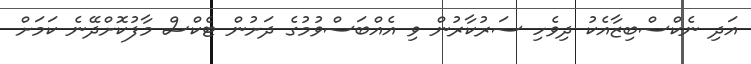
އަދި ނެކްސްބިޒާއެކު ދިވެހި ސަރުކާރުން ވި އެއްބަސްވުމުގެ ދަށުން ޓެކްސް މާފުކޮށްދޭނެ ކަމަށް